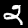
Label: 2